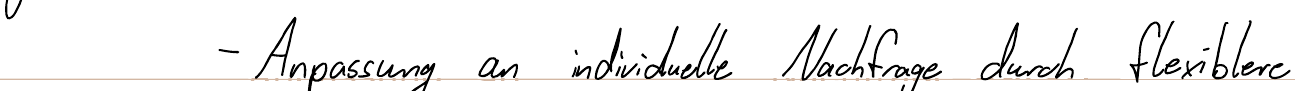
- Anpassung an individuelle Nachfrage durch flexiblere